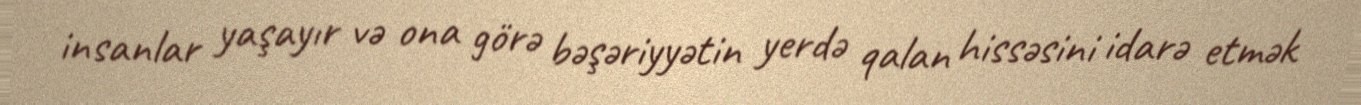
insanlar yaşayır və ona görə bəşəriyyətin yerdə qalan hissəsini idarə etmək